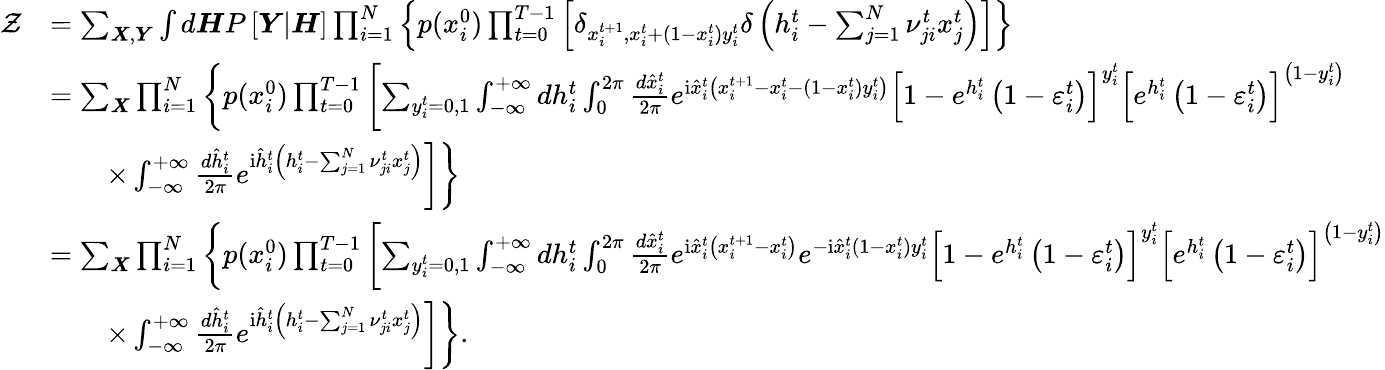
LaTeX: \begin{array}{rl}{\mathcal{Z}}&{=\sum_{\boldsymbol{X},\boldsymbol{Y}}\int d\boldsymbol{H}P\left[\boldsymbol{Y}|\boldsymbol{H}\right]\prod_{i=1}^{N}\left\{ p(x_{i}^{0})\prod_{t=0}^{T-1}\left[\delta_{x_{i}^{t+1},x_{i}^{t}+(1-x_{i}^{t})y_{i}^{t}}\delta\left(h_{i}^{t}-\sum_{j=1}^{N}\nu_{ji}^{t}x_{j}^{t}\right)\right]\right\} }\\ &{=\sum_{\boldsymbol{X}}\prod_{i=1}^{N}\left\{ p(x_{i}^{0})\prod_{t=0}^{T-1}\left[\sum_{y_{i}^{t}=0,1}\int_{-\infty}^{+\infty}dh_{i}^{t}\int_{0}^{2\pi}\frac{d\hat{x}_{i}^{t}}{2\pi}e^{\mathrm{i}\hat{x}_{i}^{t}\left(x_{i}^{t+1}-x_{i}^{t}-(1-x_{i}^{t})y_{i}^{t}\right)}\left[1-e^{h_{i}^{t}}\left(1-\varepsilon_{i}^{t}\right)\right]^{y_{i}^{t}}\left[e^{h_{i}^{t}}\left(1-\varepsilon_{i}^{t}\right)\right]^{\left(1-y_{i}^{t}\right)}\right.\right.}\\ &{\qquad\times\left.\left.\int_{-\infty}^{+\infty}\frac{d\hat{h}_{i}^{t}}{2\pi}e^{\mathrm{i}\hat{h}_{i}^{t}\left(h_{i}^{t}-\sum_{j=1}^{N}\nu_{ji}^{t}x_{j}^{t}\right)}\right]\right\} }\\ &{=\sum_{\boldsymbol{X}}\prod_{i=1}^{N}\left\{ p(x_{i}^{0})\prod_{t=0}^{T-1}\left[\sum_{y_{i}^{t}=0,1}\int_{-\infty}^{+\infty}dh_{i}^{t}\int_{0}^{2\pi}\frac{d\hat{x}_{i}^{t}}{2\pi}e^{\mathrm{i}\hat{x}_{i}^{t}\left(x_{i}^{t+1}-x_{i}^{t}\right)}e^{-\mathrm{i}\hat{x}_{i}^{t}(1-x_{i}^{t})y_{i}^{t}}\left[1-e^{h_{i}^{t}}\left(1-\varepsilon_{i}^{t}\right)\right]^{y_{i}^{t}}\left[e^{h_{i}^{t}}\left(1-\varepsilon_{i}^{t}\right)\right]^{\left(1-y_{i}^{t}\right)}\right.\right.}\\ &{\qquad\times\left.\left.\int_{-\infty}^{+\infty}\frac{d\hat{h}_{i}^{t}}{2\pi}e^{\mathrm{i}\hat{h}_{i}^{t}\left(h_{i}^{t}-\sum_{j=1}^{N}\nu_{ji}^{t}x_{j}^{t}\right)}\right]\right\} .}\end{array}